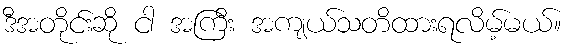
ဒီအတိုင်းဆို ငါ အကြီး အကျယ်သတိထားရလိမ့်မယ်။